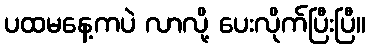
ပထမနေ့ကပဲ လာလို့ ပေးလိုက်ပြီးပြီ။